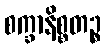
စက္ခာနိစ္စတဉ္စ